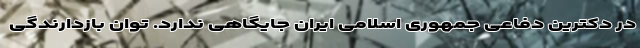
در دکترین دفاعی جمهوری اسلامی ایران جایگاهی ندارد. توان بازدارندگی